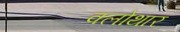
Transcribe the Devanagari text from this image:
क्लोथार